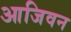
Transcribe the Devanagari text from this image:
आजिवन